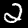
Digit: 2